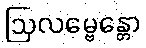
ဩလမ္ဗေန္တော